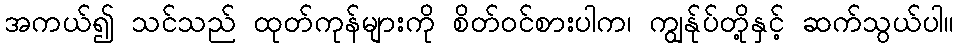
အကယ်၍ သင်သည် ထုတ်ကုန်များကို စိတ်ဝင်စားပါက၊ ကျွန်ုပ်တို့နှင့် ဆက်သွယ်ပါ။